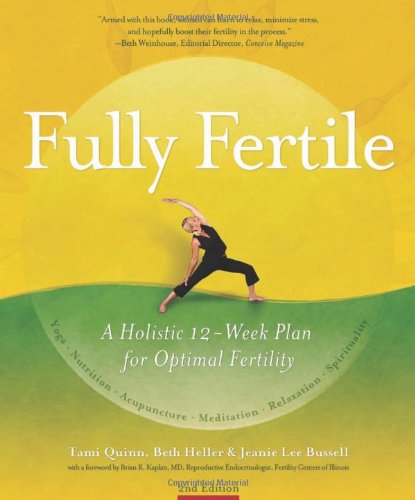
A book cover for Fully Fertile: A Holistic 12-Week Plan for Optimal Fertility; Tami Quinn; Parenting & Relationships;